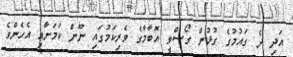
އަދި ދެ ގައުމުގެ ގުޅުން ގޯސްވީ އޮބާމާގެ ވެރިކަމުގައި ނޫން ކަމަށާއި އެހެންވެ